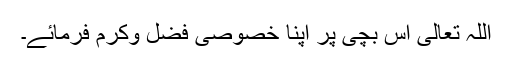
اللہ تعالیٰ اس بچی پر اپنا خصوصی فضل وکرم فرمائے۔